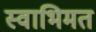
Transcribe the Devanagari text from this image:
स्वाभिमत